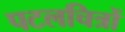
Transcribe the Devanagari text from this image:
पटलचित्रों